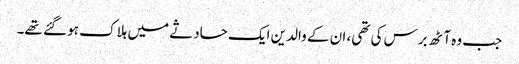
جب وہ آٹھ برس کی تھی، ان کے والدین ایک حادثے میں ہلاک ہو گئے تھے۔